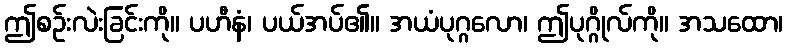
ဤစဉ်းလဲးခြင်းကို။ ပဟီနံ၊ ပယ်အပ်၏။ အယံပုဂ္ဂလော၊ ဤပုဂ္ဂိုလ်ကို။ အသထော၊